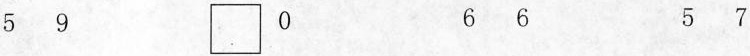
第四行 5 9 \Box 0 6 6 5 7